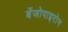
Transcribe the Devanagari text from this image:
बेंजोपाइरोन